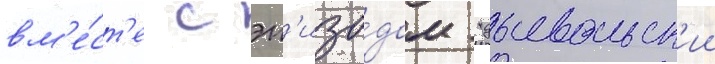
вм'е́ст'е с эп'изо́дом "дьявольск'ии